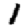
Digit: 1